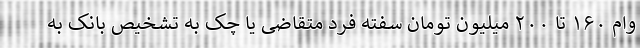
وام ۱۶۰ تا ۲۰۰ میلیون تومان سفته فرد متقاضی یا چک به تشخیص بانک به